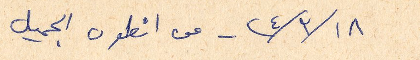
١٨/ ٣/ ٢٤ - من انطون الجميل